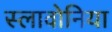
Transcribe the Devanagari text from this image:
स्लावोनिया